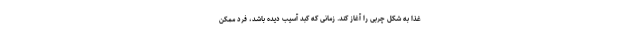
غذا به شکل چربی را آغاز کند. زمانی که کبد آسیب دیده باشد، فرد ممکن